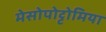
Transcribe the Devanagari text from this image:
मेसोपोट्टोमिया